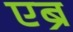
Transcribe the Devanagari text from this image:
एब्रे